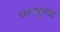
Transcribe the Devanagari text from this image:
रतनपूरचा